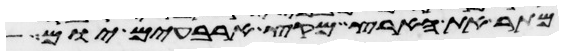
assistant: מתור את הארץ מקץ ארבעים יום